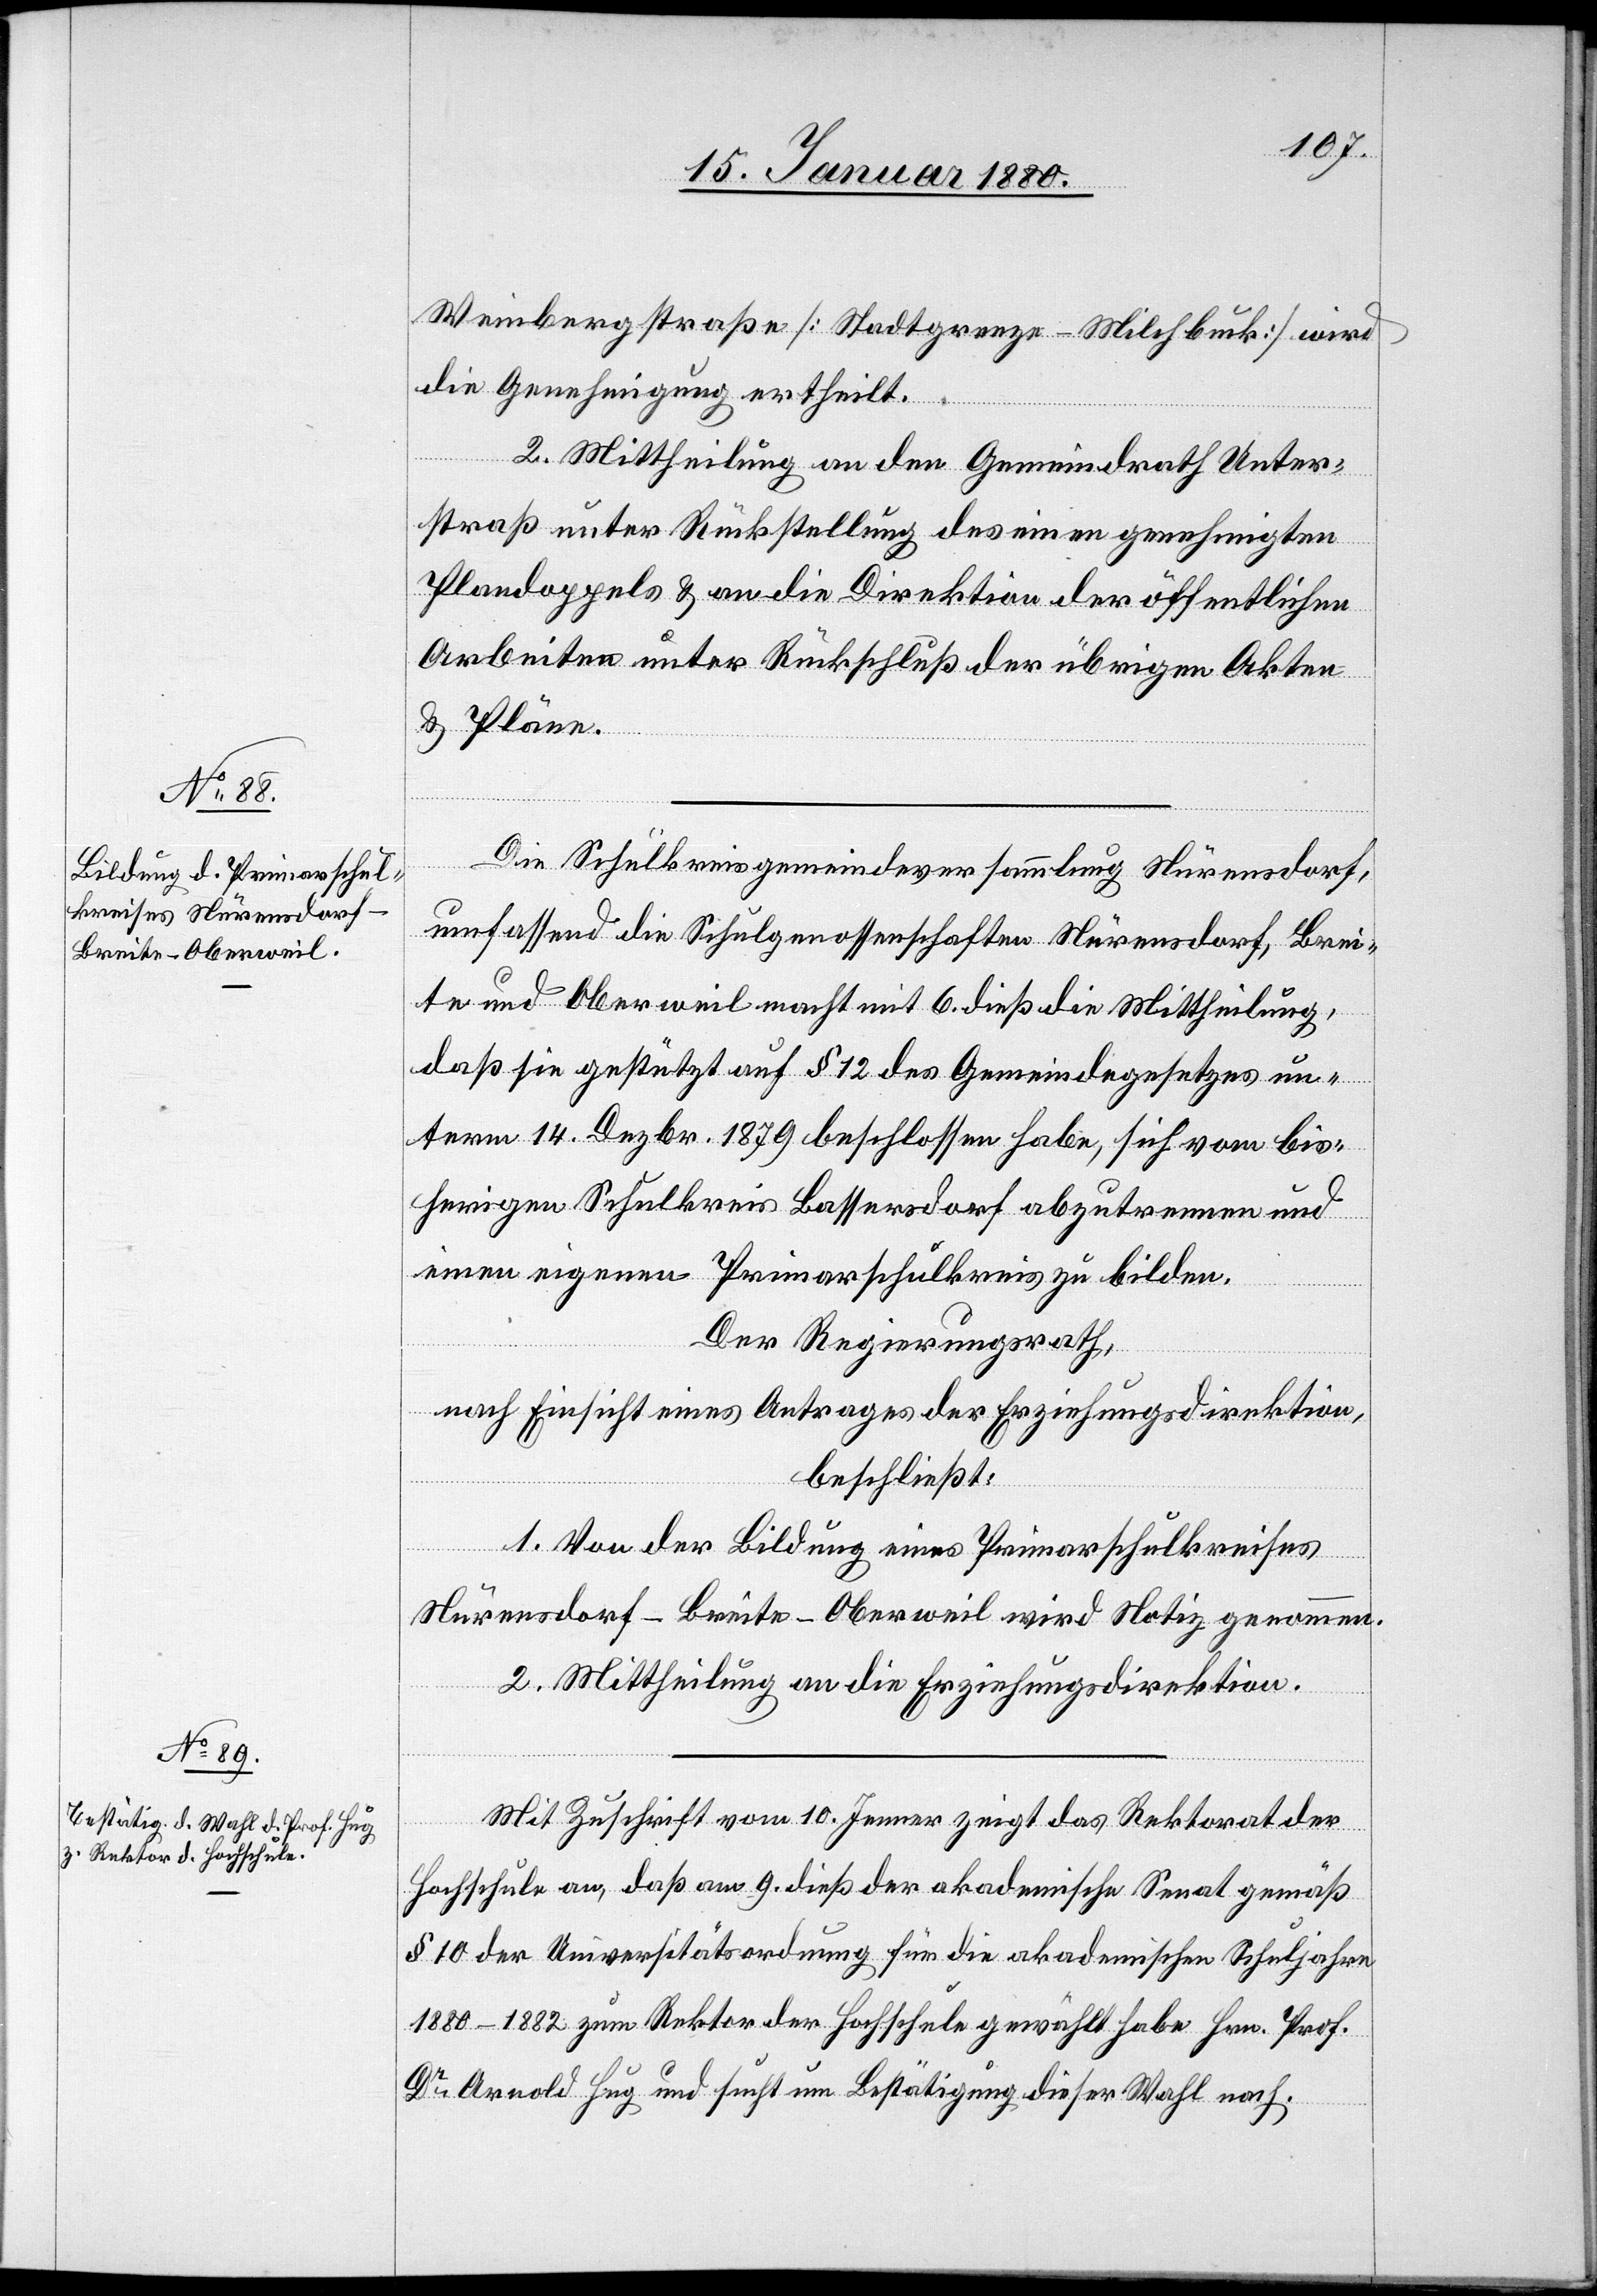
Weinbergstraße [Stadtgrenze–Milchbuck] wird
die Genehmigung ertheilt.
2. Mittheilung an den Gemeindrath Unter¬
straß unter Rücksendung des einen genehmigten
Plandoppels & an die Direktion der öffentlichen
Arbeiten unter Rückschluß der übrigen Akten
& Pläne.
Die Schulkreisgemeindeversammlung Nürensdorf,
umfassend die Schulgenossenschaften Nürensdorf, Brei¬
te und Oberweil macht mit 6. dieß die MM, daß sie
term 14. Dezbr. 1879 beschlossen habe, sich vom bis¬
herigen Schulkreis Bassersdorf abzutrennen und
einen eigenen Primarschulkreis zu bilden.
Der Regierungsrath,
nach Einsicht eines Antrages der Erziehungsdirektion,
beschließt:
1. Von der Bildung eines Primarschulkreise
un¬
Nürensdorf-Breite-Oberweil wird Notiz genommen.
2. Mittheilung an die Erziehungsdirektion.
Mit Zuschrift vom 10. Jenner zeigt das Rektorat der
Hochschule an, daß am 9. dieß der akademische Senat gemäß
§ 10 der Universitätsordnung für die akademische Schuljahre
1880–1882 zum Rektor der Hochschule gewählt habe Hrn. Prof.
Dr Arnold Hug und sucht um Bestätigung dieser Wahl nach.